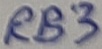
Text: RB3